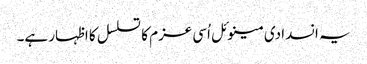
یہ انسدادی مینوئل اُسی عزم کا تسلسل کا اظہار ہے۔